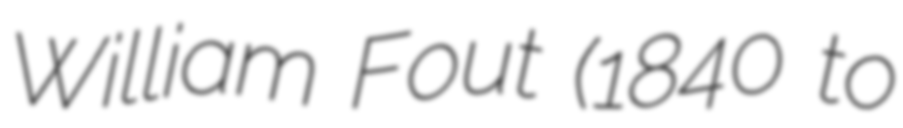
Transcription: William Fout (1840 to